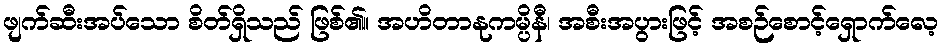
ဖျက်ဆီးအပ်သော စိတ်ရှိသည် ဖြစ်၏။ အဟိတာနုကမ္ပိနီ၊ အစီးအပွားဖြင့် အစဉ်စောင့်ရှောက်လေ့